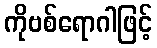
ကိုဗစ်ရောဂါဖြင့်